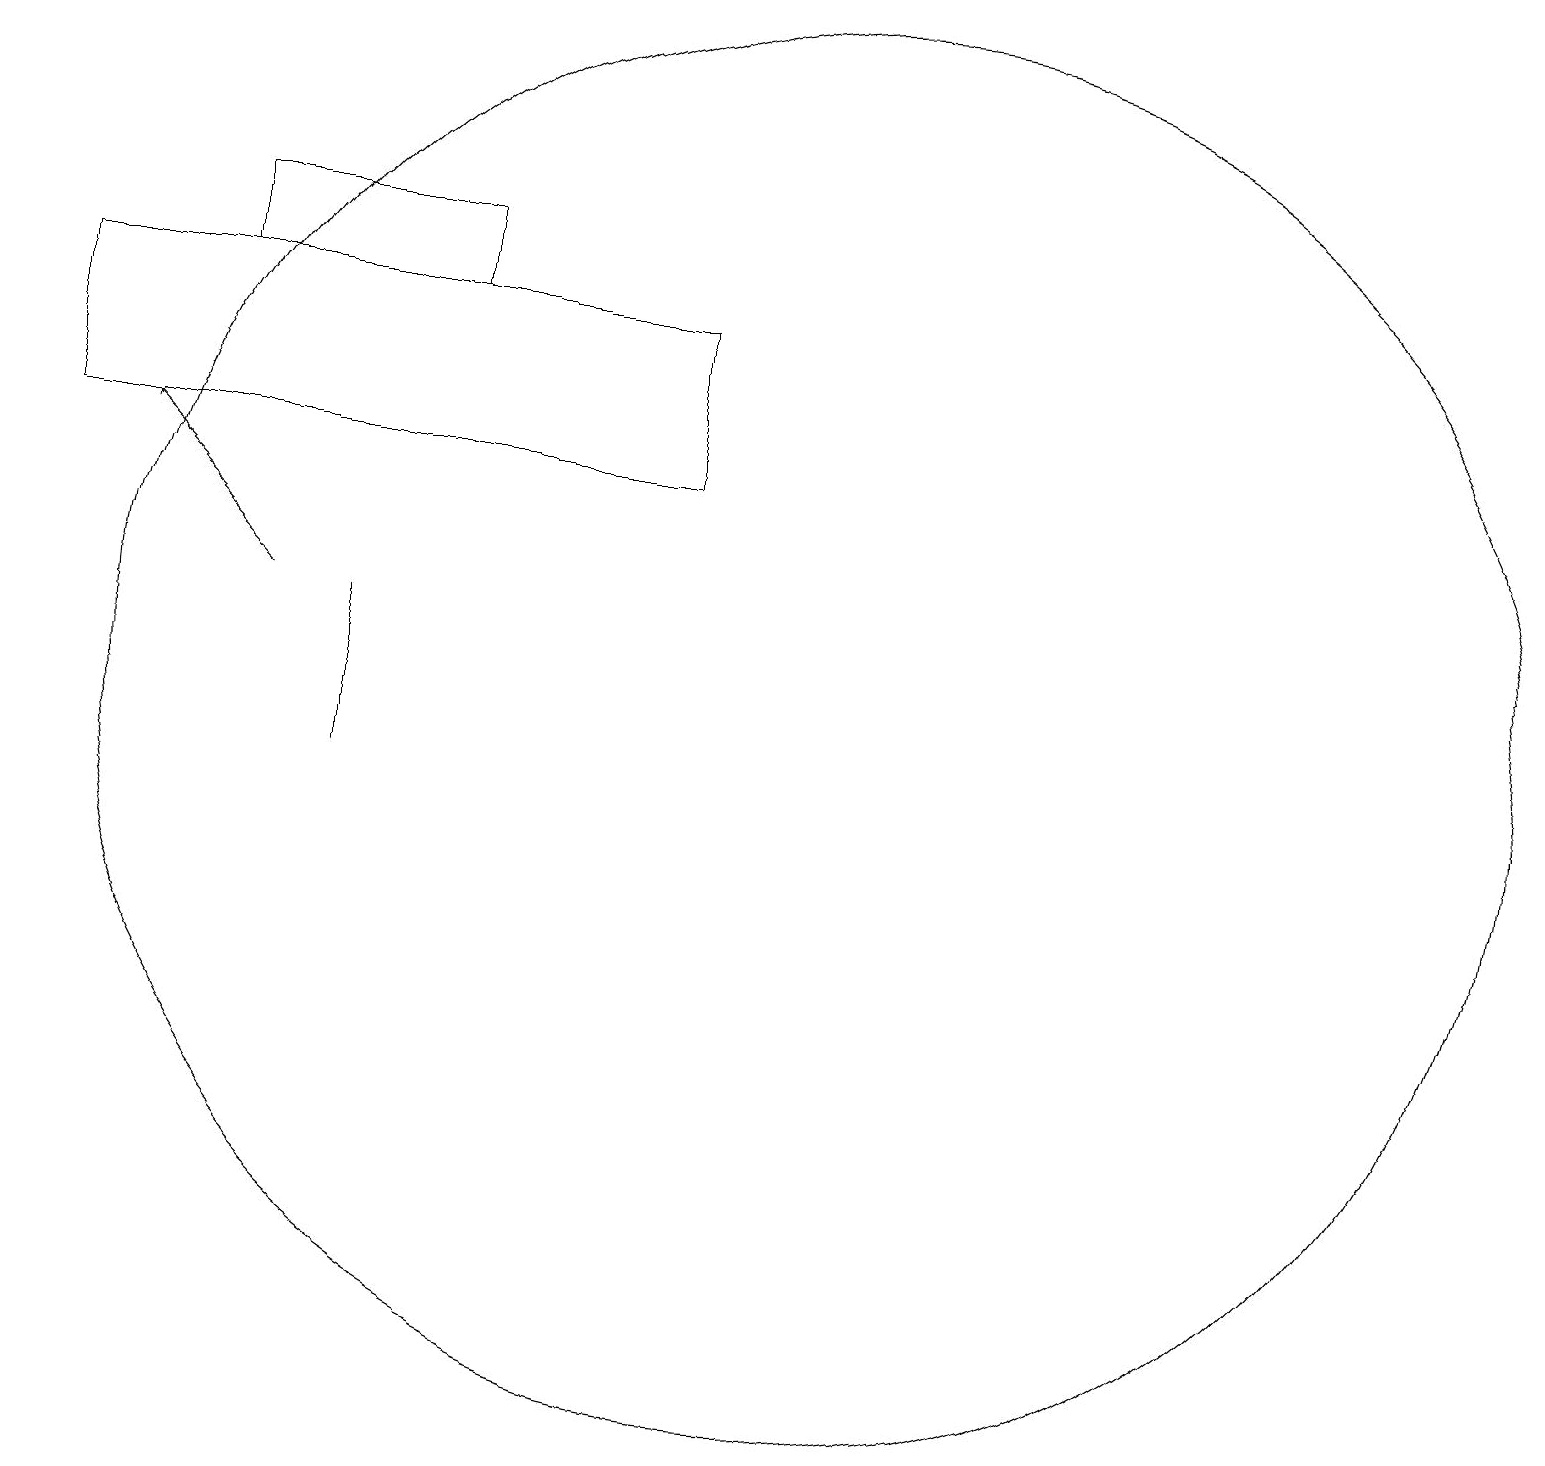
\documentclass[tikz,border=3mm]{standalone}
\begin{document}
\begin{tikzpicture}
\draw (4,12) rectangle (4,10);
\draw (8,14) rectangle (0,16);
\draw[->] (3,12) -- (1,14);
\draw (5,16) rectangle (2,17);
\draw (10,11) circle (9);
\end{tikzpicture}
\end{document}